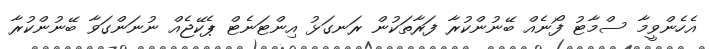
އެހެންވީމާ ސްމާޓު ފޯނެއް ބޭނުންކުރާ ފަރާތަކުން ރަނގަޅު އިންޓަނެޓް ޕެކޭޖެއް ނުނަންގަވާ ބޭނުންކުރާ